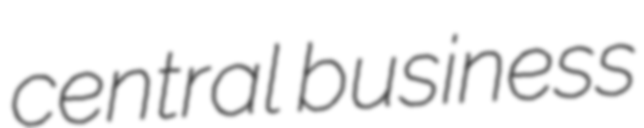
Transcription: central business